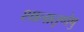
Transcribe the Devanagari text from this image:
शालातृणेषु